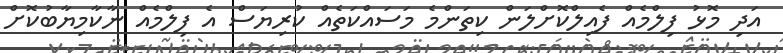
އަދި މޮޅު ފިލްމެއް ފެއިލްކޮށްލަން ކިތަންމެ މަސައްކަތެއް ކުރިޔަސް އެ ފިލްމެއް ނާކާމިޔާބުކޮށް